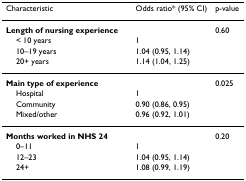
<table><thead><tr><td><b>Characteristic</b></td><td><b>Odds ratio* (95% CI)</b></td><td><b>p-value</b></td></tr></thead><tbody><tr><td><b>Length of nursing experience</b></td><td></td><td>0.60</td></tr><tr><td> &lt; 10 years</td><td>1</td><td></td></tr><tr><td> 10–19 years</td><td>1.04 (0.95, 1.14)</td><td></td></tr><tr><td> 20+ years</td><td>1.14 (1.04, 1.25)</td><td></td></tr><tr><td><b>Main type of experience</b></td><td></td><td>0.025</td></tr><tr><td> Hospital</td><td>1</td><td></td></tr><tr><td> Community</td><td>0.90 (0.86, 0.95)</td><td></td></tr><tr><td> Mixed/other</td><td>0.96 (0.92, 1.01)</td><td></td></tr><tr><td><b>Months worked in NHS 24</b></td><td></td><td>0.20</td></tr><tr><td> 0–11</td><td>1</td><td></td></tr><tr><td> 12–23</td><td>1.04 (0.95, 1.14)</td><td></td></tr><tr><td> 24+</td><td>1.08 (0.99, 1.19)</td><td></td></tr></tbody></table>